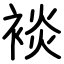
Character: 裧